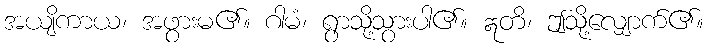
အယျိကာယ၊ အဖွားမ၏။ ဂါမံ၊ ရွာသို့သွားပါ၏။ ဣတိ၊ ဤသို့လျှောက်၏။